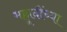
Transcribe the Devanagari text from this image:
मह्मूदींच्या